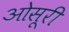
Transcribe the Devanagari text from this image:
ओसूरी